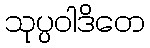
သုပ္ပဝါဒိတေ